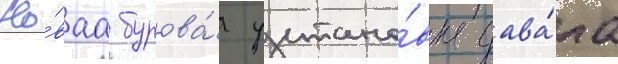
Но́ваа бурова́я устано́вка дава́ла